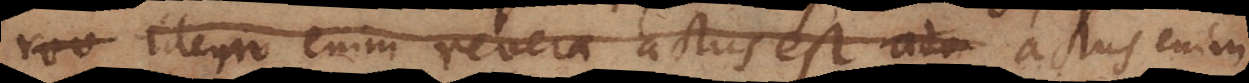
rev idem enim revera actus est ado actus enim